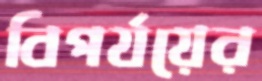
বিপর্যয়ের